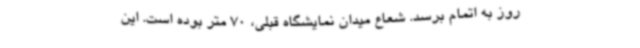
روز به اتمام برسد. شعاع میدان نمایشگاه قبلی، 70 متر بوده است. این